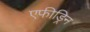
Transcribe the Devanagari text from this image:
एफीड्रिन